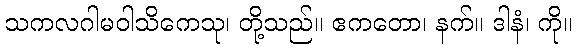
သကလဂါမဝါသိကေသု၊ တို့သည်။ ဧကတော၊ နက်။ ဒါနံ၊ ကို။